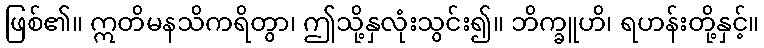
ဖြစ်၏။ ဣတိမနသိကရိတွာ၊ ဤသို့နှလုံးသွင်း၍။ ဘိက္ခူဟိ၊ ရဟန်းတို့နှင့်။